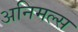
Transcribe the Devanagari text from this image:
अनिमल्स